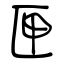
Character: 匣